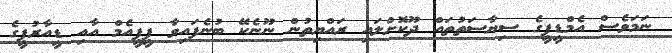
ނަމަވެސް އެމްޑީޕީގެ ސިޔާސަތުތައް ދޫކޮށްލައި ރައްޔިތުން ނޫނެކޭ ބުނެފައިވާ ޕީޕީއެމް އާއި ޑީއާރުޕީގެ